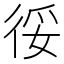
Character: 𢓰